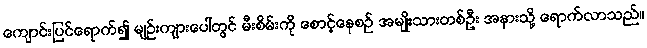
ကျောင်းပြင်ရောက်၍ မျဉ်းကျားပေါ်တွင် မီးစိမ်းကို စောင့်နေစဉ် အမျိုးသားတစ်ဦး အနားသို့ ရောက်လာသည်။